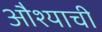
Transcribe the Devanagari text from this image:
औश्याची